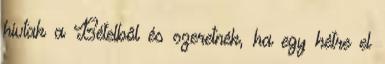
hívtak a Bételből és szeretnék, ha egy hétre el